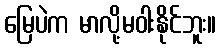
မြေပဲက မာလို့မဝါးနိုင်ဘူး။